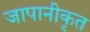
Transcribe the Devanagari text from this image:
जापानीकृत